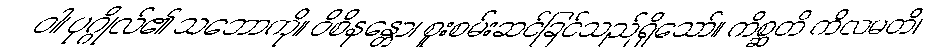
ဝါ၊ ပုဂ္ဂိုလ်၏ သဘောကို။ ဝိစိနန္တော၊ စူးစမ်းဆင်ခြင်သည်ရှိသော်။ ကိစ္ဆတိ ကိလမတိ၊